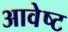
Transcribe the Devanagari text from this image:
आवेष्ट